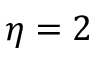
\eta = 2